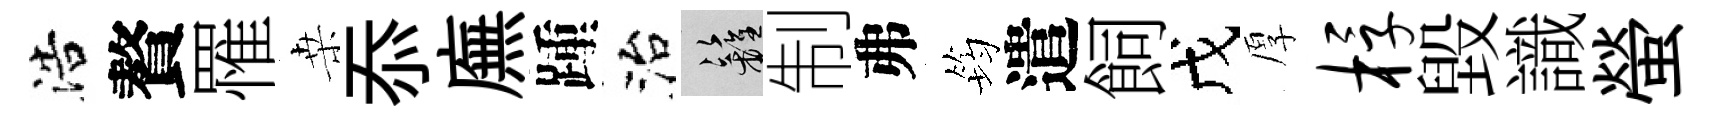
浩贅罹桒忝廡踵治籬制弗筠遣飼戊厚桴毀識螢